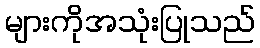
များကိုအသုံးပြုသည်